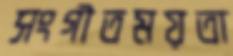
সংগীতময়তা